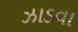
ઝાડવા